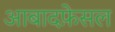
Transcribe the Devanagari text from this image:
आबादफ़ेसल